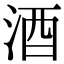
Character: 酒